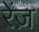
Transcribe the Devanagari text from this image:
रेंज़